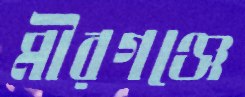
মীরগঞ্জে